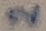
Text: 2